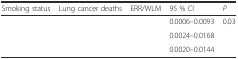
<table><thead><tr><td><b>Smoking status</b></td><td><b>Lung cancer deaths</b></td><td><b>ERR/WLM</b></td><td><b>95 % CI</b></td><td><b><i>P</i></b></td></tr></thead><tbody><tr><td>[EMPTY_CELL]</td><td>[EMPTY_CELL]</td><td>[EMPTY_CELL]</td><td>0.0006–0.0093</td><td rowspan="3">0.03</td></tr><tr><td>[EMPTY_CELL]</td><td>[EMPTY_CELL]</td><td>[EMPTY_CELL]</td><td>0.0024–0.0168</td></tr><tr><td>[EMPTY_CELL]</td><td>[EMPTY_CELL]</td><td>[EMPTY_CELL]</td><td>0.0020–0.0144</td></tr></tbody></table>